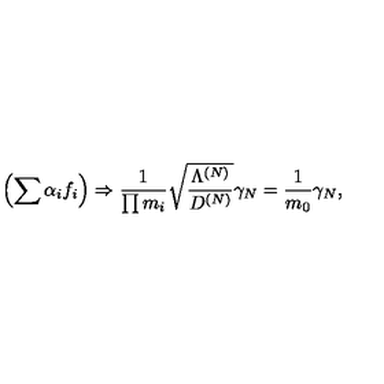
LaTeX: \left( \sum \alpha _ { i } f _ { i } \right) \Rightarrow \frac { 1 } { \prod m _ { i } } \sqrt { \frac { \Lambda ^ { ( N ) } } { D ^ { ( N ) } } } \gamma _ { N } = \frac { 1 } { m _ { 0 } } \gamma _ { N } ,